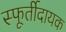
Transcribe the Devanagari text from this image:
स्फूर्तीदायक